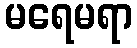
မရေမရာ